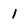
Character: 1